Lunatic asylums Punjab 1868-1880 - 1868-1880
Year: 1868
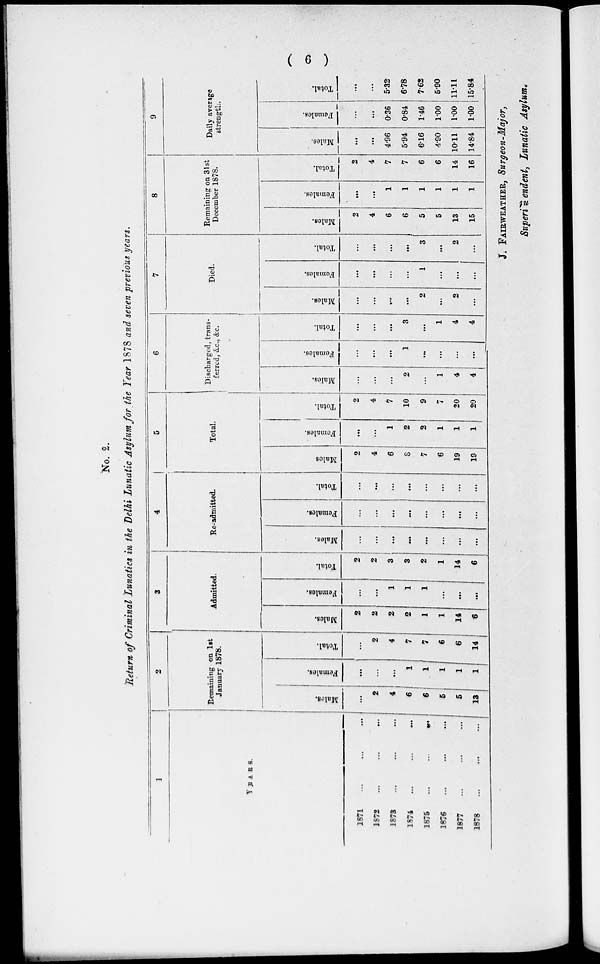
(6)
No. 2.
Return of Criminal Lunatics in the Delhi Lunatic Asylum for the Year 1878 and seven previous years.
1
YEARS.
1871 ... ... ...
1872 ... ... ...
1873 ... ... ...
1874 ... ... ...
1875 ... ... ...
1876 ... ... ...
1877 ... ... ...
1878 ... ... ...
2
Remaining on 1st
January 1878.
Males.
...
2
4
6
6
5
5
13
Females.
...
...
...
1
1
1
1
1
Total.
...
2
4
7
7
6
6
14
3
Admitted.
Males.
2
2
2
2
1
1
14
6
Females.
...
...
1
1
1
...
...
Total.
2
2
3
3
2
1
14
6
4
Re-admitted.
Males.
...
...
...
...
...
...
...
...
Females.
...
...
...
...
...
...
...
...
Total.
...
...
...
...
...
...
...
5
Total.
Males
2
4
6
8
7
6
19
19
Females.
...
...
1
2
2
1
1
1
Total.
2
4
7
10
9
4
20
20
6
Discharged, trans-
ferred, &c, &c.
Males.
...
...
...
2
...
1
4
4
Females.
...
...
...
1
...
...
...
...
Total.
...
...
...
3
...
1
4
4
7
Died.
Males.
...
...
...
...
2
...
2
...
Females.
...
...
...
...
1
...
...
...
Total.
...
...
...
...
3
...
2
...
8
Remaining on 31st
December 1878.
Males.
2
4
6
6
5
5
13
15
Females.
...
...
1
1
1
1
1
1
Total.
2
4
7
7
6
6
14
16
9
Daily avenge
strength.
Males.
...
...
4.96
5.94
6.16
4.90
10.11
14.84
Females.
...
...
0.36
0.84
1.46
1.00
1.00
1.00
Total.
...
...
5.32
6.78
7.62
5.90
11.11
15.84
J. FAIRWEATHER, Surgeon-Major,
Superintendent, Lunatic Asylum.